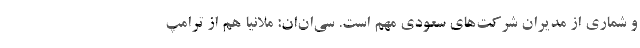
و شماری از مدیران شرکت‌های سعودی مهم است. سی‌ان‌ان: ملانیا هم از ترامپ